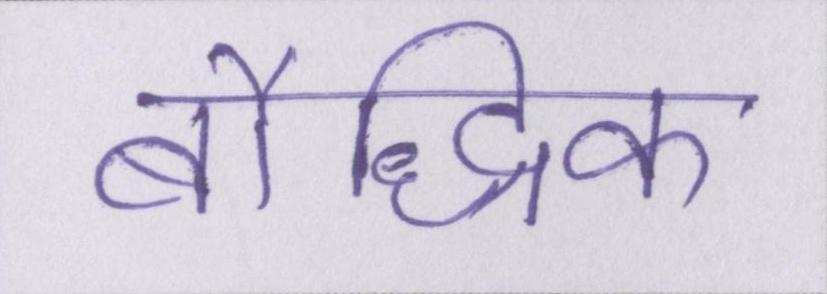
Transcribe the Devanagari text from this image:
बौद्धिक